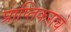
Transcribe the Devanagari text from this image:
प्राप्‍तिकराचे